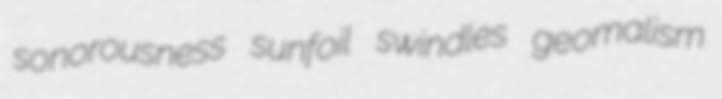
sonorousness sunfoil swindles geomalism